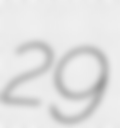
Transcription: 29